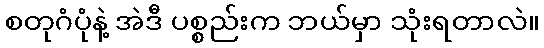
စတုဂံပုံနဲ့ အဲဒီ ပစ္စည်းက ဘယ်မှာ သုံးရတာလဲ။